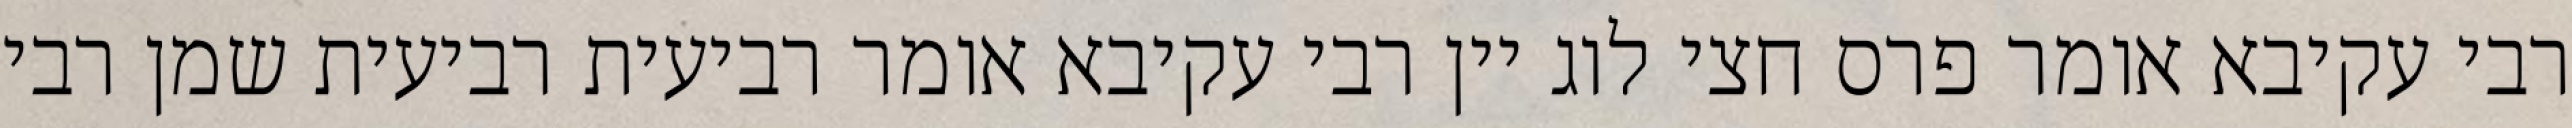
רבי עקיבא אומר פרס חצי לוג יין רבי עקיבא אומר רביעית רביעית שמן רבי